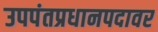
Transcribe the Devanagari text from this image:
उपपंतप्रधानपदावर